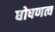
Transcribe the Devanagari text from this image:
घोषणत्व